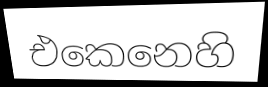
එකෙනෙහි